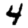
Digit: 4